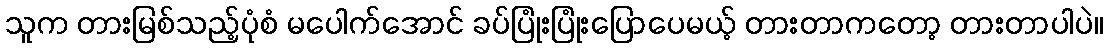
သူက တားမြစ်သည့်ပုံစံ မပေါက်အောင် ခပ်ပြုံးပြုံးပြောပေမယ့် တားတာကတော့ တားတာပါပဲ။